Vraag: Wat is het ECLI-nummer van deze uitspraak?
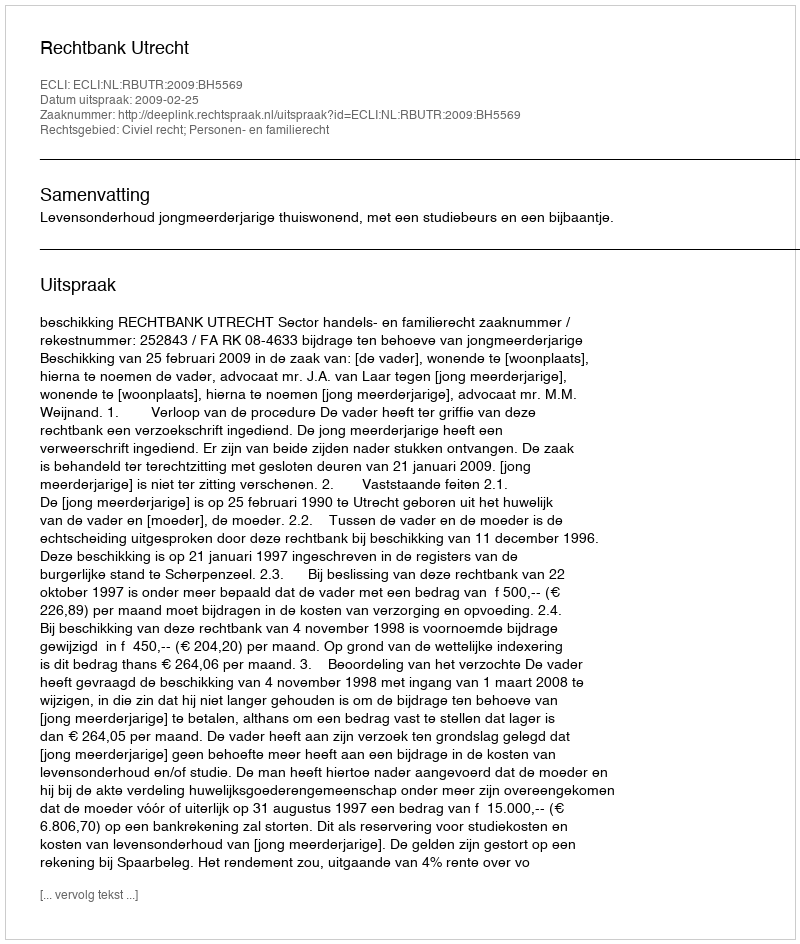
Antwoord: ECLI:NL:RBUTR:2009:BH5569